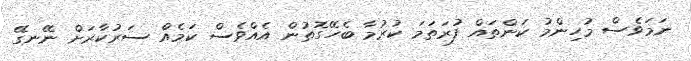
ނަމަވެސް މުހިންމު ކަންތައް ފުރަތަމަ ކުރުމާ ބެހޭގޮތުން އެއްވެސް ކަމެއް ސަރުކާރަށް ނޭނގޭ